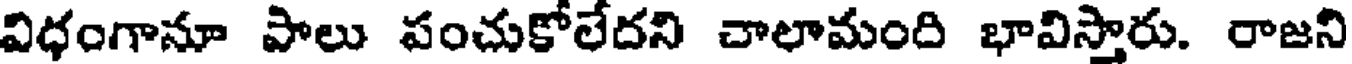
విధంగానూ పాలు పంచుకోలేదని చాలామంది భావిస్తారు. రాజని